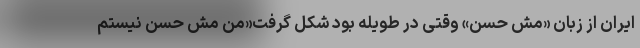
ایران از زبان «مش حسن» وقتی در طویله بود شکل گرفت«من مش حسن نیستم